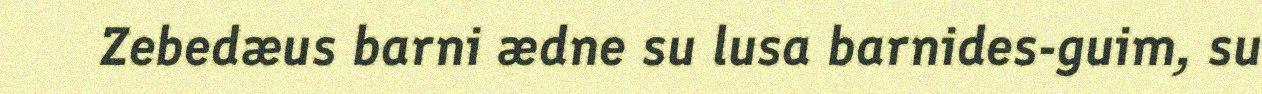
Zebedæus barni ædne su lusa barnides-guim, su